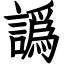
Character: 譌